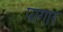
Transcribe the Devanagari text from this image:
पांगारे